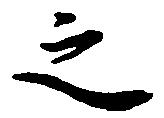
之